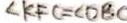
\angle K F C = \angle D B C